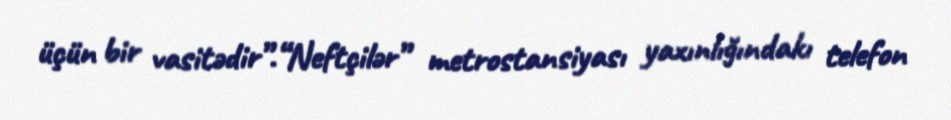
üçün bir vasitədir”.“Neftçilər” metrostansiyası yaxınlığındakı telefon